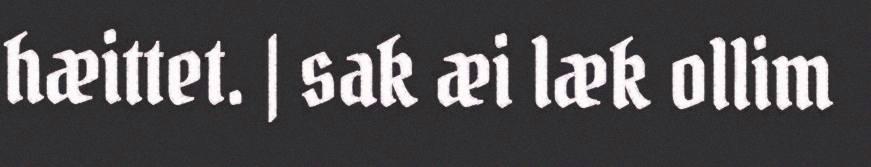
hæittet. | sak æi læk ollim